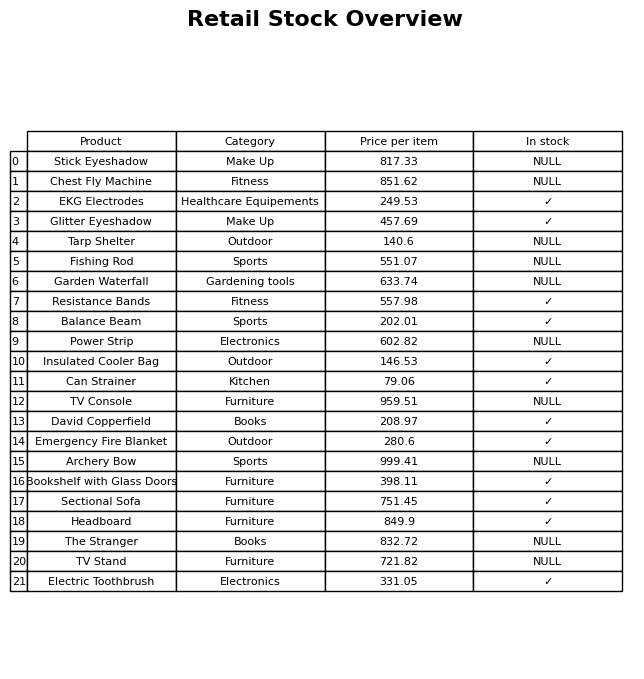
question: What category does the Resistance Bands belong to?
answer: Fitness